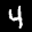
Label: 4